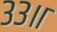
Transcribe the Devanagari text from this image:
३३॥